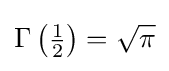
\Gamma \left({\tfrac {1}{2}}\right)={\sqrt {\pi }}